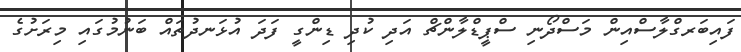
ފައިބަރގްލާސްއިން މަސްދޯނި ސްޕީޑްލާންޗް އަދި ކުދި ޑިންގީ ފަދަ އުޅަނދުތައް ބަނުމުގައި މިރަށުގެ